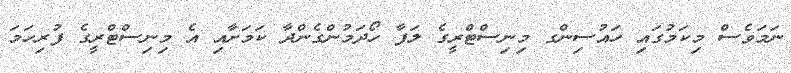
ނަމަވެސް މިކަމުގައި ހައުސިންގ މިނިސްޓްރީގެ ލަފާ ހޯދަމުންގެންދާ ކަމަށާއި އެ މިނިސްޓްރީގެ ފުރިހަމަ